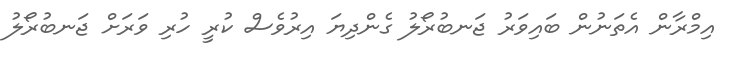
އިމްރާން އެތަނުން ބައިވަރު ޖަނބުރޯލު ގެންދިޔަ އިރުވެސް ކުރީ ހުރި ވަރަށް ޖަނބުރޯލު